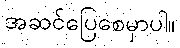
အဆင်ပြေစေမှာပါ။